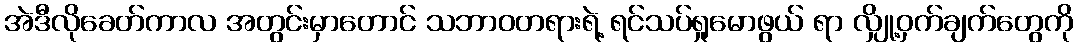
အဲဒီလိုခေတ်ကာလ အတွင်းမှာတောင် သဘာဝတရားရဲ့ ရင်သပ်ရှုမောဖွယ် ရာ လျှို့ဝှက်ချက်တွေကို